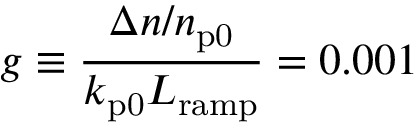
g \equiv \frac { \Delta n / n _ { \mathrm { p 0 } } } { k _ { \mathrm { p 0 } } L _ { \mathrm { r a m p } } } = 0 . 0 0 1